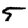
Digit: 5